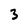
Character: 3